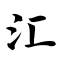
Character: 汇